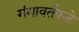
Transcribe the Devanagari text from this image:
गंगावर्तकडे